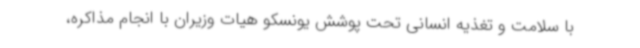
با سلامت و تغذیه انسانی تحت پوشش یونسکو هیات وزیران با انجام مذاکره،